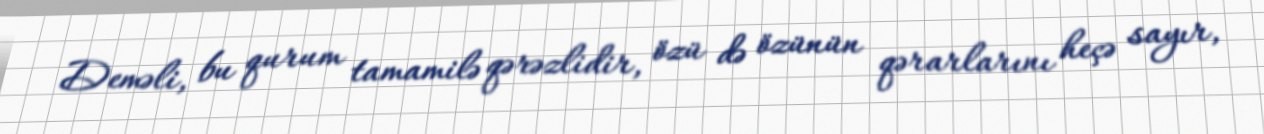
Deməli, bu qurum tamamilə qərəzlidir, özü də özünün qərarlarını heçə sayır,